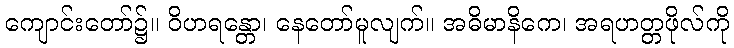
ကျောင်းတော်၌။ ဝိဟရန္တော၊ နေတော်မူလျက်။ အဓိမာနိကေ၊ အရဟတ္တဖိုလ်ကို